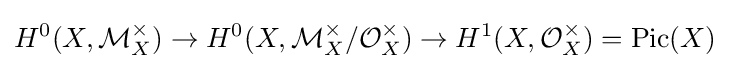
H^{0}(X,{\mathcal {M}}_{X}^{\times })\to H^{0}(X,{\mathcal {M}}_{X}^{\times }/{\mathcal {O}}_{X}^{\times })\to H^{1}(X,{\mathcal {O}}_{X}^{\times })=\operatorname {Pic} (X)